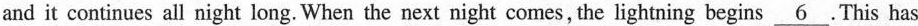
and it continues all night long. When the next night comes,the lightning begins \underline{6}. This has